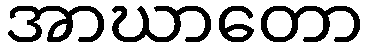
အာဃာတော